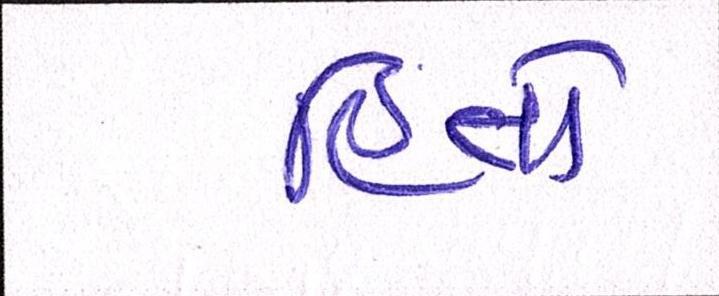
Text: હિતો